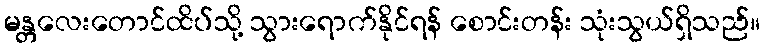
မန္တလေးတောင်ထိပ်သို့ သွားရောက်နိုင်ရန် စောင်းတန်း သုံးသွယ်ရှိသည်။